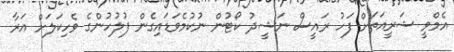
އެމްވީ ޝަރީއަތަށް ފަހު ރައީސް ނަޝީދު ކޯޓުން ނުކުމެވަޑައިގެން ފުލުހުންގެ ވެހިކަލަށް އަރާ